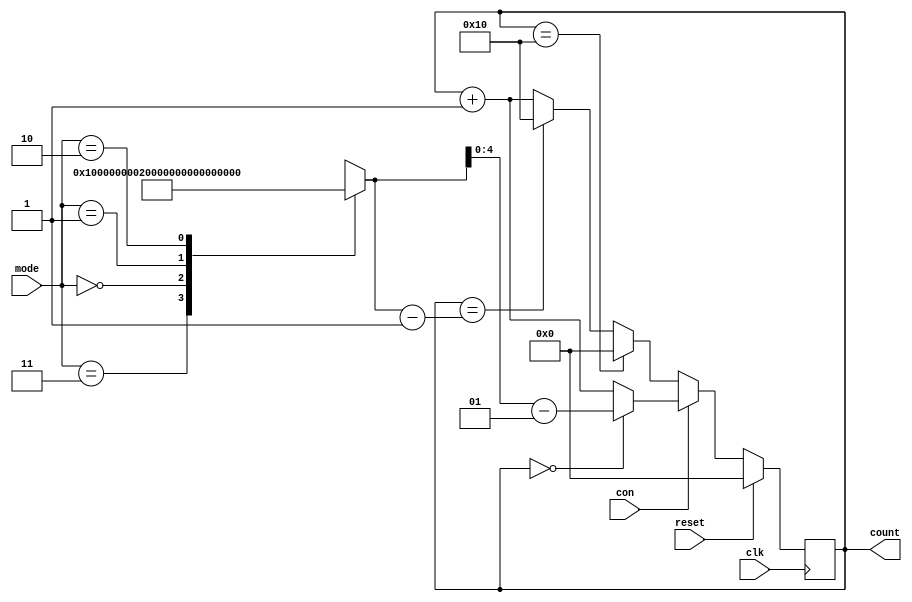
module Counter(count,clk,reset,mode,con);
	output reg [5:1]count;
	input [2:1]mode;
	input clk,reset,con;
	integer N;

	
	always@(posedge clk )
	begin
		case(mode)
			2'b11:N=16;
			2'b00:N=2;
			2'b01:N=8;
			2'b10:N=10;
		endcase
		if(!con)
			begin
			if(count==16)
				count<=5'b00000;
			else
				if(count==N-1)
					count<=5'b10000;
				else
					count<=count+1;
			end
		else
			begin
			if(count==0)
				count<=N-1;
			else
				count<=count+1;
			end
		if(reset) count <=5'b00000;
		
	end
	
endmodule